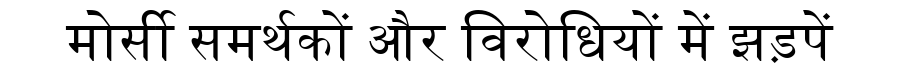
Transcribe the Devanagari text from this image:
मोर्सी समर्थकों और विरोधियों में झड़पें